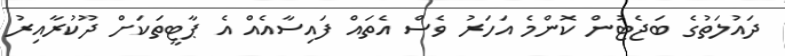
ދައުލަތުގެ ބަޖެޓުން ކޮންމެ އަހަރު ވެސް އެތައް ފައިސާއެއް އެ ޕާޓީތަކަށް ދޫކުރާއިރު